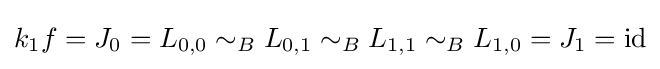
k_{1}f=J_{0}=L_{0,0}\sim _{B}L_{0,1}\sim _{B}L_{1,1}\sim _{B}L_{1,0}=J_{1}=\operatorname {id}